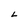
Character: L